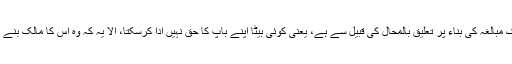
اس وضاحت سے یہ ثابت ہوا کہ حدیث پاک مبالغہ کی بناء پر تعلیق بالمحال کی قبیل سے ہے، یعنی کوئی بیٹا اپنے باپ کا حق نہیں ادا کرسکتا، الا یہ کہ وہ اس کا مالک بنے اور پھر اسے آزاد کردے اور یہ محال ہے۔